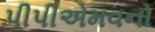
પીપીએમવનો